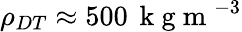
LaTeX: \rho_{DT}\approx 500\, \mathrm{~k~g~m~}^{-3}